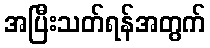
အပြီးသတ်ရန်အတွက်